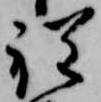
程